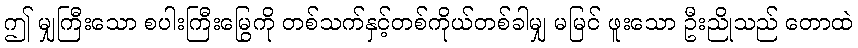
ဤ မျှကြီးသော စပါးကြီးမြွေကို တစ်သက်နှင့်တစ်ကိုယ်တစ်ခါမျှ မမြင် ဖူးသော ဦးညိုသည် တောထဲ